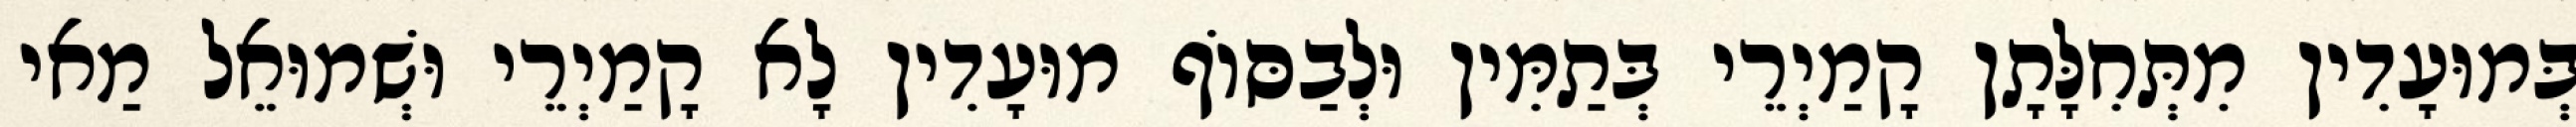
בְּמוּעָדִין מִתְּחִלָּתָן קָמַיְרֵי בְּתַמִּין וּלְבַסּוֹף מוּעָדִין לָא קָמַיְרֵי וּשְׁמוּאֵל מַאי